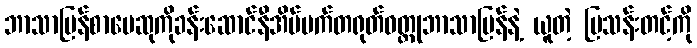
ဘာသာပြန်စာပေဆုကိုခန်းဆောင်နီအိပ်မက်တရုတ်ဝတ္ထုဘာသာပြန်နဲ့ ယူတဲ့ မြသန်းတင့်ကို